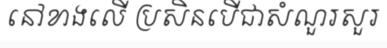
នៅខាងលើ ប្រសិនបើជាសំណួរសួរ